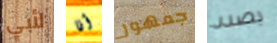
لأبي أنا جمهور بصدد